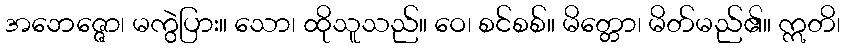
အဘေဇ္ဇော၊ မကွဲပြား။ သော၊ ထိုသူသည်။ ဝေ၊ စင်စစ်။ မိတ္တော၊ မိတ်မည်၏။ ဣတိ၊